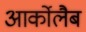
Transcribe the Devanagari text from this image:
आर्कोलैब